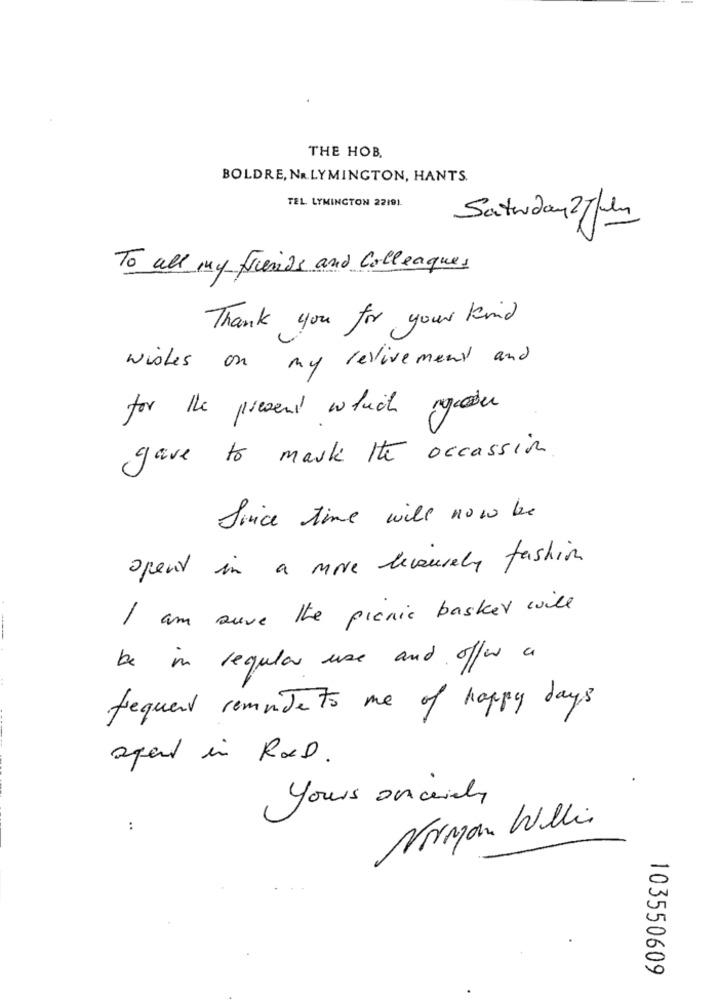
THE HOB.
BOLDRE, NR.LYMINGTON, HANTS.
TEL LYMINGTON 22191.
Saturday2Jul
To all my friends and colleagues
Thank you for your kind
wishes on my revirement and
for the present which ngoder
gave to mark the occassion
Soice time will now be
spent in a move levourely fashion
I am sure the picnic basket will
be in regular use and offer a
frequent remuJets me of happy days
spent in ROD.
yours on ceridy
Norman Willi
:
103550609